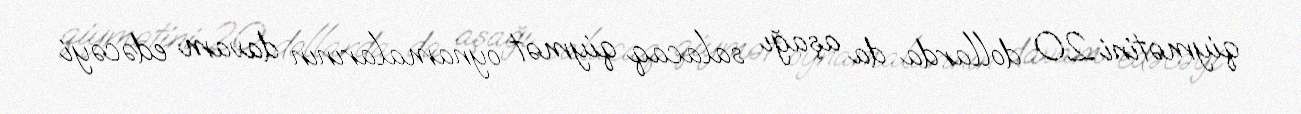
qiymətini 20 dollarda da aşağı salacaq qiymət oynamalarının davam edəcəyi